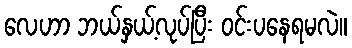
လေဟာ ဘယ်နှယ့်လုပ်ပြီး ဝင်းပနေရမလဲ။